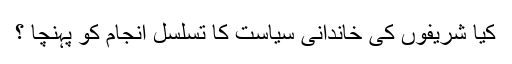
کیا شریفوں کی خاندانی سیاست کا تسلسل انجام کو پہنچا ؟